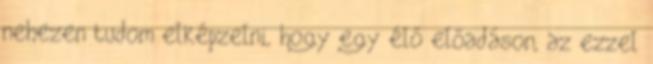
nehezen tudom elképzelni, hogy egy élő előadáson, az ezzel